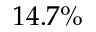
1 4 . 7 \%